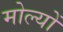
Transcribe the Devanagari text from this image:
मोल्यों